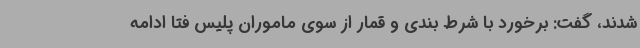
شدند، گفت: برخورد با شرط بندی و قمار از سوی ماموران پلیس فتا ادامه